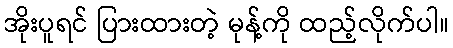
အိုးပူရင် ပြားထားတဲ့ မုန့်ကို ထည့်လိုက်ပါ။